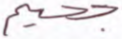
جحيم